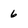
Character: 6